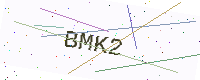
Text: BMK2